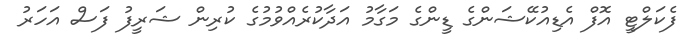
ފެކަލްޓީ އޮފް އެޑިއުކޭޝަންގެ ޑީންގެ މަގާމު އަދާކުރެއްވުމުގެ ކުރިން ޝަރީފު ފަސް އަހަރު